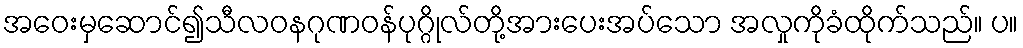
အဝေးမှဆောင်၍သီလဝနဂုဏဝန်ပုဂ္ဂိုလ်တို့အားပေးအပ်သော အလှုကိုခံထိုက်သည်။ ပ။